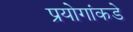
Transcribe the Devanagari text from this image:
प्रयोगांकडे